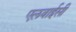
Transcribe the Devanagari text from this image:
एलवाईसी